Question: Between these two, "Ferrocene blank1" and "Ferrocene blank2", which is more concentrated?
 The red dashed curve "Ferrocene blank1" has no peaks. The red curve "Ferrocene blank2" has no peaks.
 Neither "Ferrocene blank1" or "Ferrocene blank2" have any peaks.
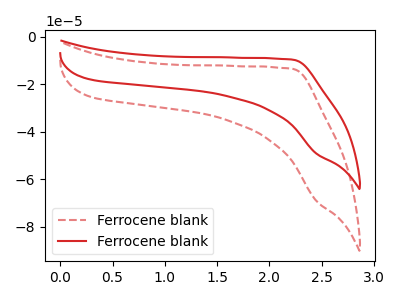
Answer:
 <answer>I cant tell if "Ferrocene blank1" or "Ferrocene blank2" has higher concentration.</answer>
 <eval>mixed_concentration</eval>